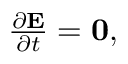
\begin{array} { r } { \frac { \partial \mathbf { E } } { \partial t } = \mathbf { 0 } , } \end{array}